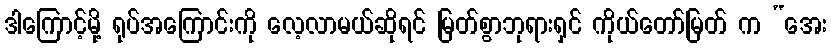
ဒါကြောင့်မို့ ရုပ်အကြောင်းကို လေ့လာမယ်ဆိုရင် မြတ်စွာဘုရားရှင် ကိုယ်တော်မြတ် က “အေး